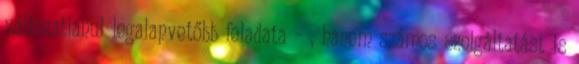
változatlanul legalapvetőbb feladata – , hanem számos szolgáltatást is